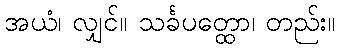
အယံ၊ လျှင်။ သင်္ခပတ္ထော၊ တည်း။